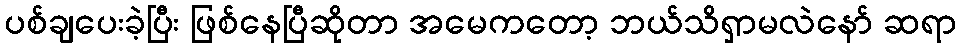
ပစ်ချပေးခဲ့ပြီး ဖြစ်နေပြီဆိုတာ အမေကတော့ ဘယ်သိရှာမလဲနော် ဆရာ